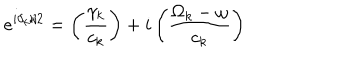
LaTeX: e ^ { i \delta _ { k } / 2 } = \left( \frac { \gamma _ { k } } { c _ { k } } \right) + i \left( \frac { \Omega _ { k } - \omega } { c _ { k } } \right)